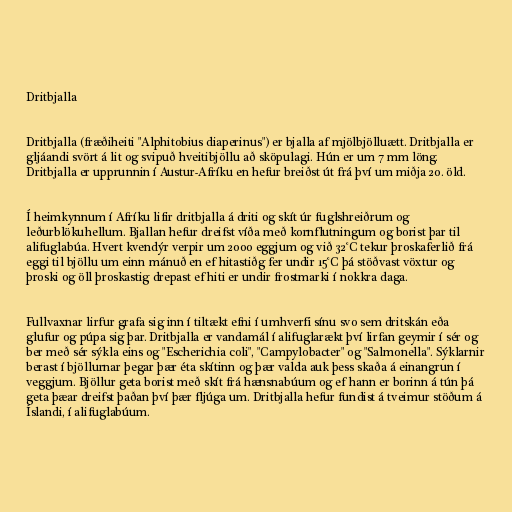
Dritbjalla

Dritbjalla (fræðiheiti "Alphitobius diaperinus") er bjalla af mjölbjölluætt. Dritbjalla er
gljáandi svört á lit og svipuð hveitibjöllu að sköpulagi. Hún er um 7 mm löng.
Dritbjalla er upprunnin í Austur-Afríku en hefur breiðst út frá því um miðja 20. öld.

Í heimkynnum í Afríku lifir dritbjalla á driti og skít úr fuglshreiðrum og
leðurblökuhellum. Bjallan hefur dreifst víða með kornflutningum og borist þar til
alifuglabúa. Hvert kvendýr verpir um 2000 eggjum og við 32°C tekur þroskaferlið frá
eggi til bjöllu um einn mánuð en ef hitastiðg fer undir 15°C þá stöðvast vöxtur og
þroski og öll þroskastig drepast ef hiti er undir frostmarki í nokkra daga.

Fullvaxnar lirfur grafa sig inn í tiltækt efni í umhverfi sínu svo sem dritskán eða
glufur og púpa sig þar. Dritbjalla er vandamál í alifuglarækt því lirfan geymir í sér og
ber með sér sýkla eins og "Escherichia coli", "Campylobacter" og "Salmonella". Sýklarnir
berast í bjöllurnar þegar þær éta skítinn og þær valda auk þess skaða á einangrun í
veggjum. Bjöllur geta borist með skít frá hænsnabúum og ef hann er borinn á tún þá
geta þæar dreifst þaðan því þær fljúga um. Dritbjalla hefur fundist á tveimur stöðum á
Íslandi, í alifuglabúum.